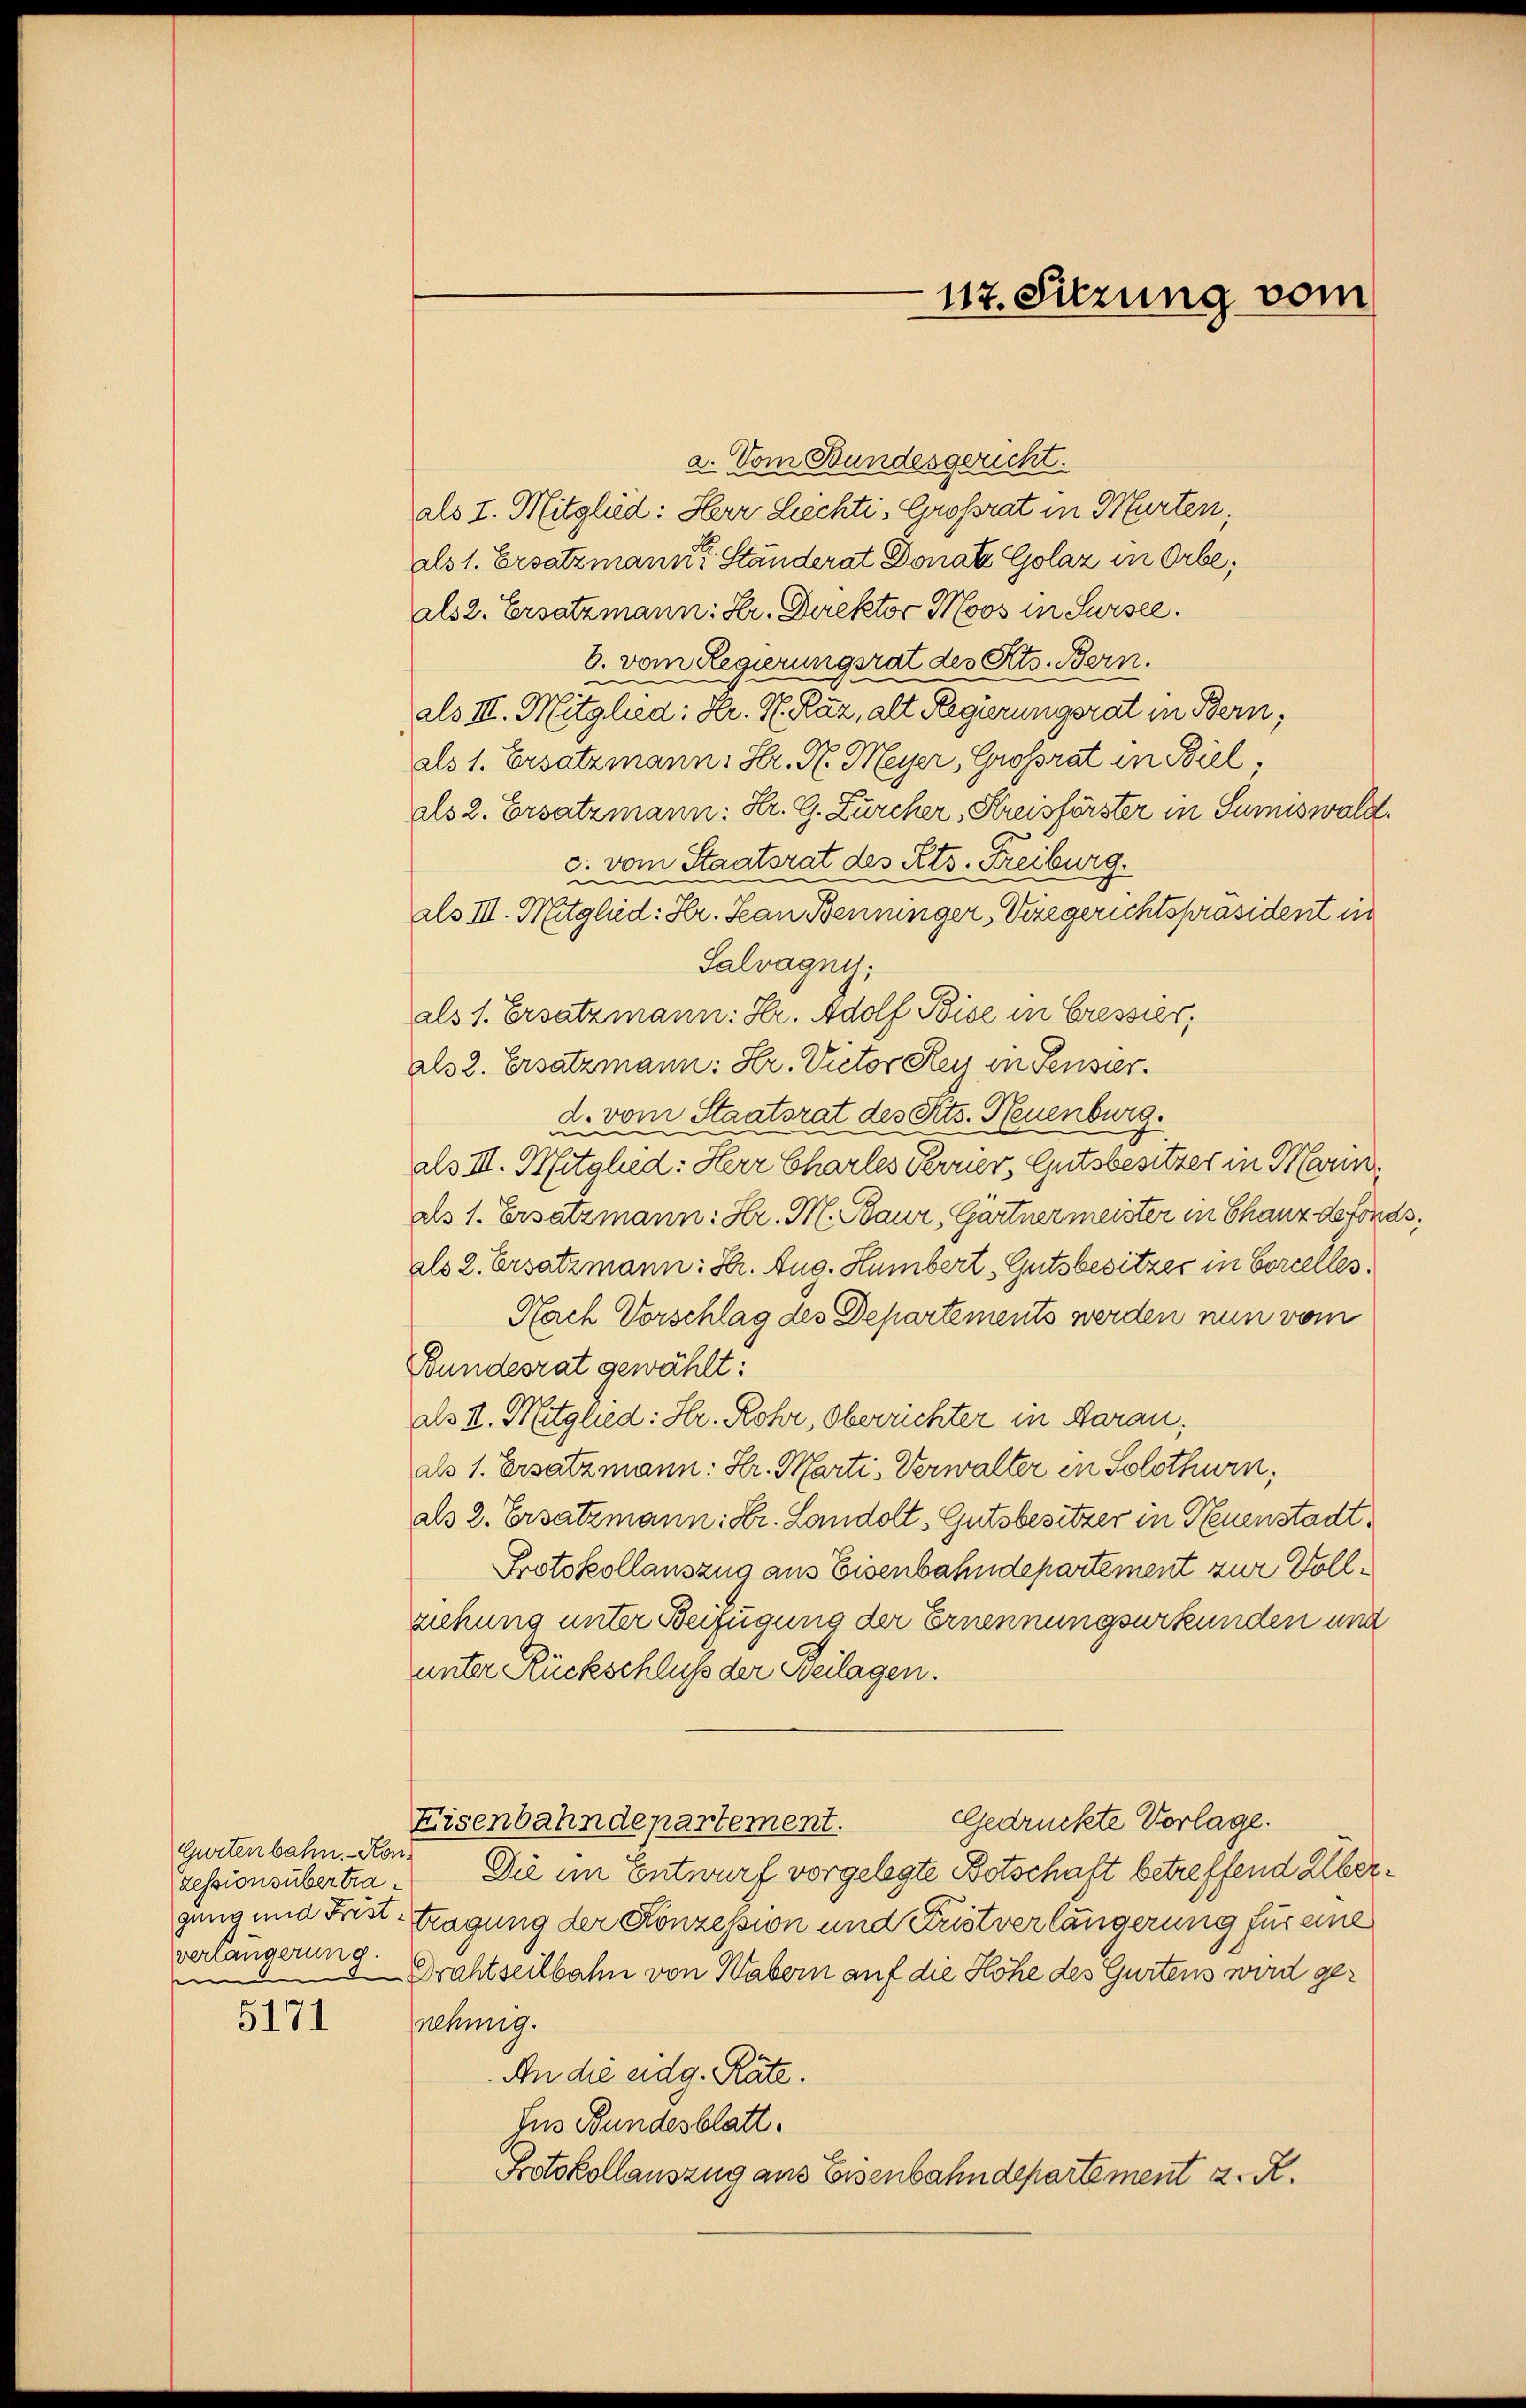
Gurtenbahn. - Konverlängerung.
e

5171

117. Sitzung vom

a. Vom Bundesgericht.
als I. Mitglied: Herr Leichti, Großrat in Murten,
als 1. Ersatzmann Ständerat Donat Golaz in Orbe,
als 2. Ersatzmann: Hr. Direktor Moos in Sursee.
b. vom Regierungsrat des Kts. Bern.
als III. Mitglied: Hr. H. Raz, alt Regierungsrat in Bern,
als 1. Ersatzmann, Hr. H. Meyer, Großrat in Biel,
als 2. Ersatzmann: Hr. G. Zürcher, Kreisförster in Sumiswald.
c. vom Staatsrat des Kts. Freiburg.
als III. Mitglied: Hr. San Benninger, Vizegerichtspräsident in
Salvagny,
als 1. Ersatzmann: Kr. Adolf Bise in Cressier,
als 2. Ersatzmann: Hr. Victor Reu in Pensier.
d. vom Staatsrat des Kts. Neuenburg.
als III. Mitglied: Herr Charles Perrier, Gutsbesitzer in Marin
als 1. Ersatzmann: Hr. M. Baur, Gärtner meister in Chanz de fonds,
als 2. Ersatzmann: Str. Aug. Humbert Gutsbesitzer in Borcelles.
Nach Vorschlag des Departements werden nun vom
Bundesrat gewählt:
als II. Mitglied: Hr. Rohr, Oberrichter in Daran,
als 1. Ersatzmann: Hr. Marti, Verwalter in Solothurn,
als 2. Ersatzmann: Dr. Landolt, Gutsbesitzer in Neuenstadt¬
Protokollauszug aus Eisenbahndepartement zur Vollziehung unter Beifügung der Ernennungsurkunden und
unter Rückschluß der Beilagen.
Gedrückte Vorlage.
Eisenbahndepartement.
zessionsubertra. Die im Entwurf vorgelegte Botschaft betreffend Übergung und Frist tragung der Konzession und Fristverlängerung für eine
Drahtseilbahn von Habern auf die Höhe des Gurtens wird genehmig.
An die eidg. Räte.
Ius Bundesblatt.
Protokollauszug aus Eisenbahndepartement z. R.